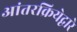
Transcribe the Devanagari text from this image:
आंतरक्रियेद्वारे